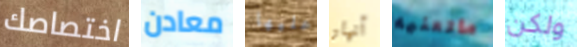
اختصاصك معادن وعليها أنهار ماتعنيه ولكن